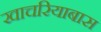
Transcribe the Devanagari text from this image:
खाचरियाबास